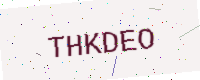
Text: THKDEO